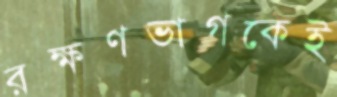
রক্ষণভাগকেই